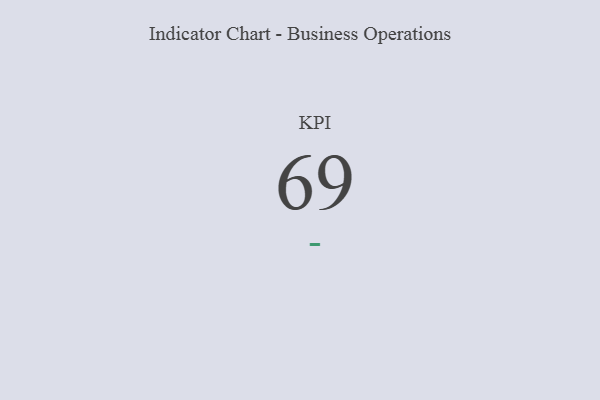
{"axis": {"x": "KPI", "y": "Value"}, "legend": [""], "data": [{"x": "KPI", "y": 69, "type": ""}]}